Eesti_Noorsoo_Kasvatuse_Selts, lk 7
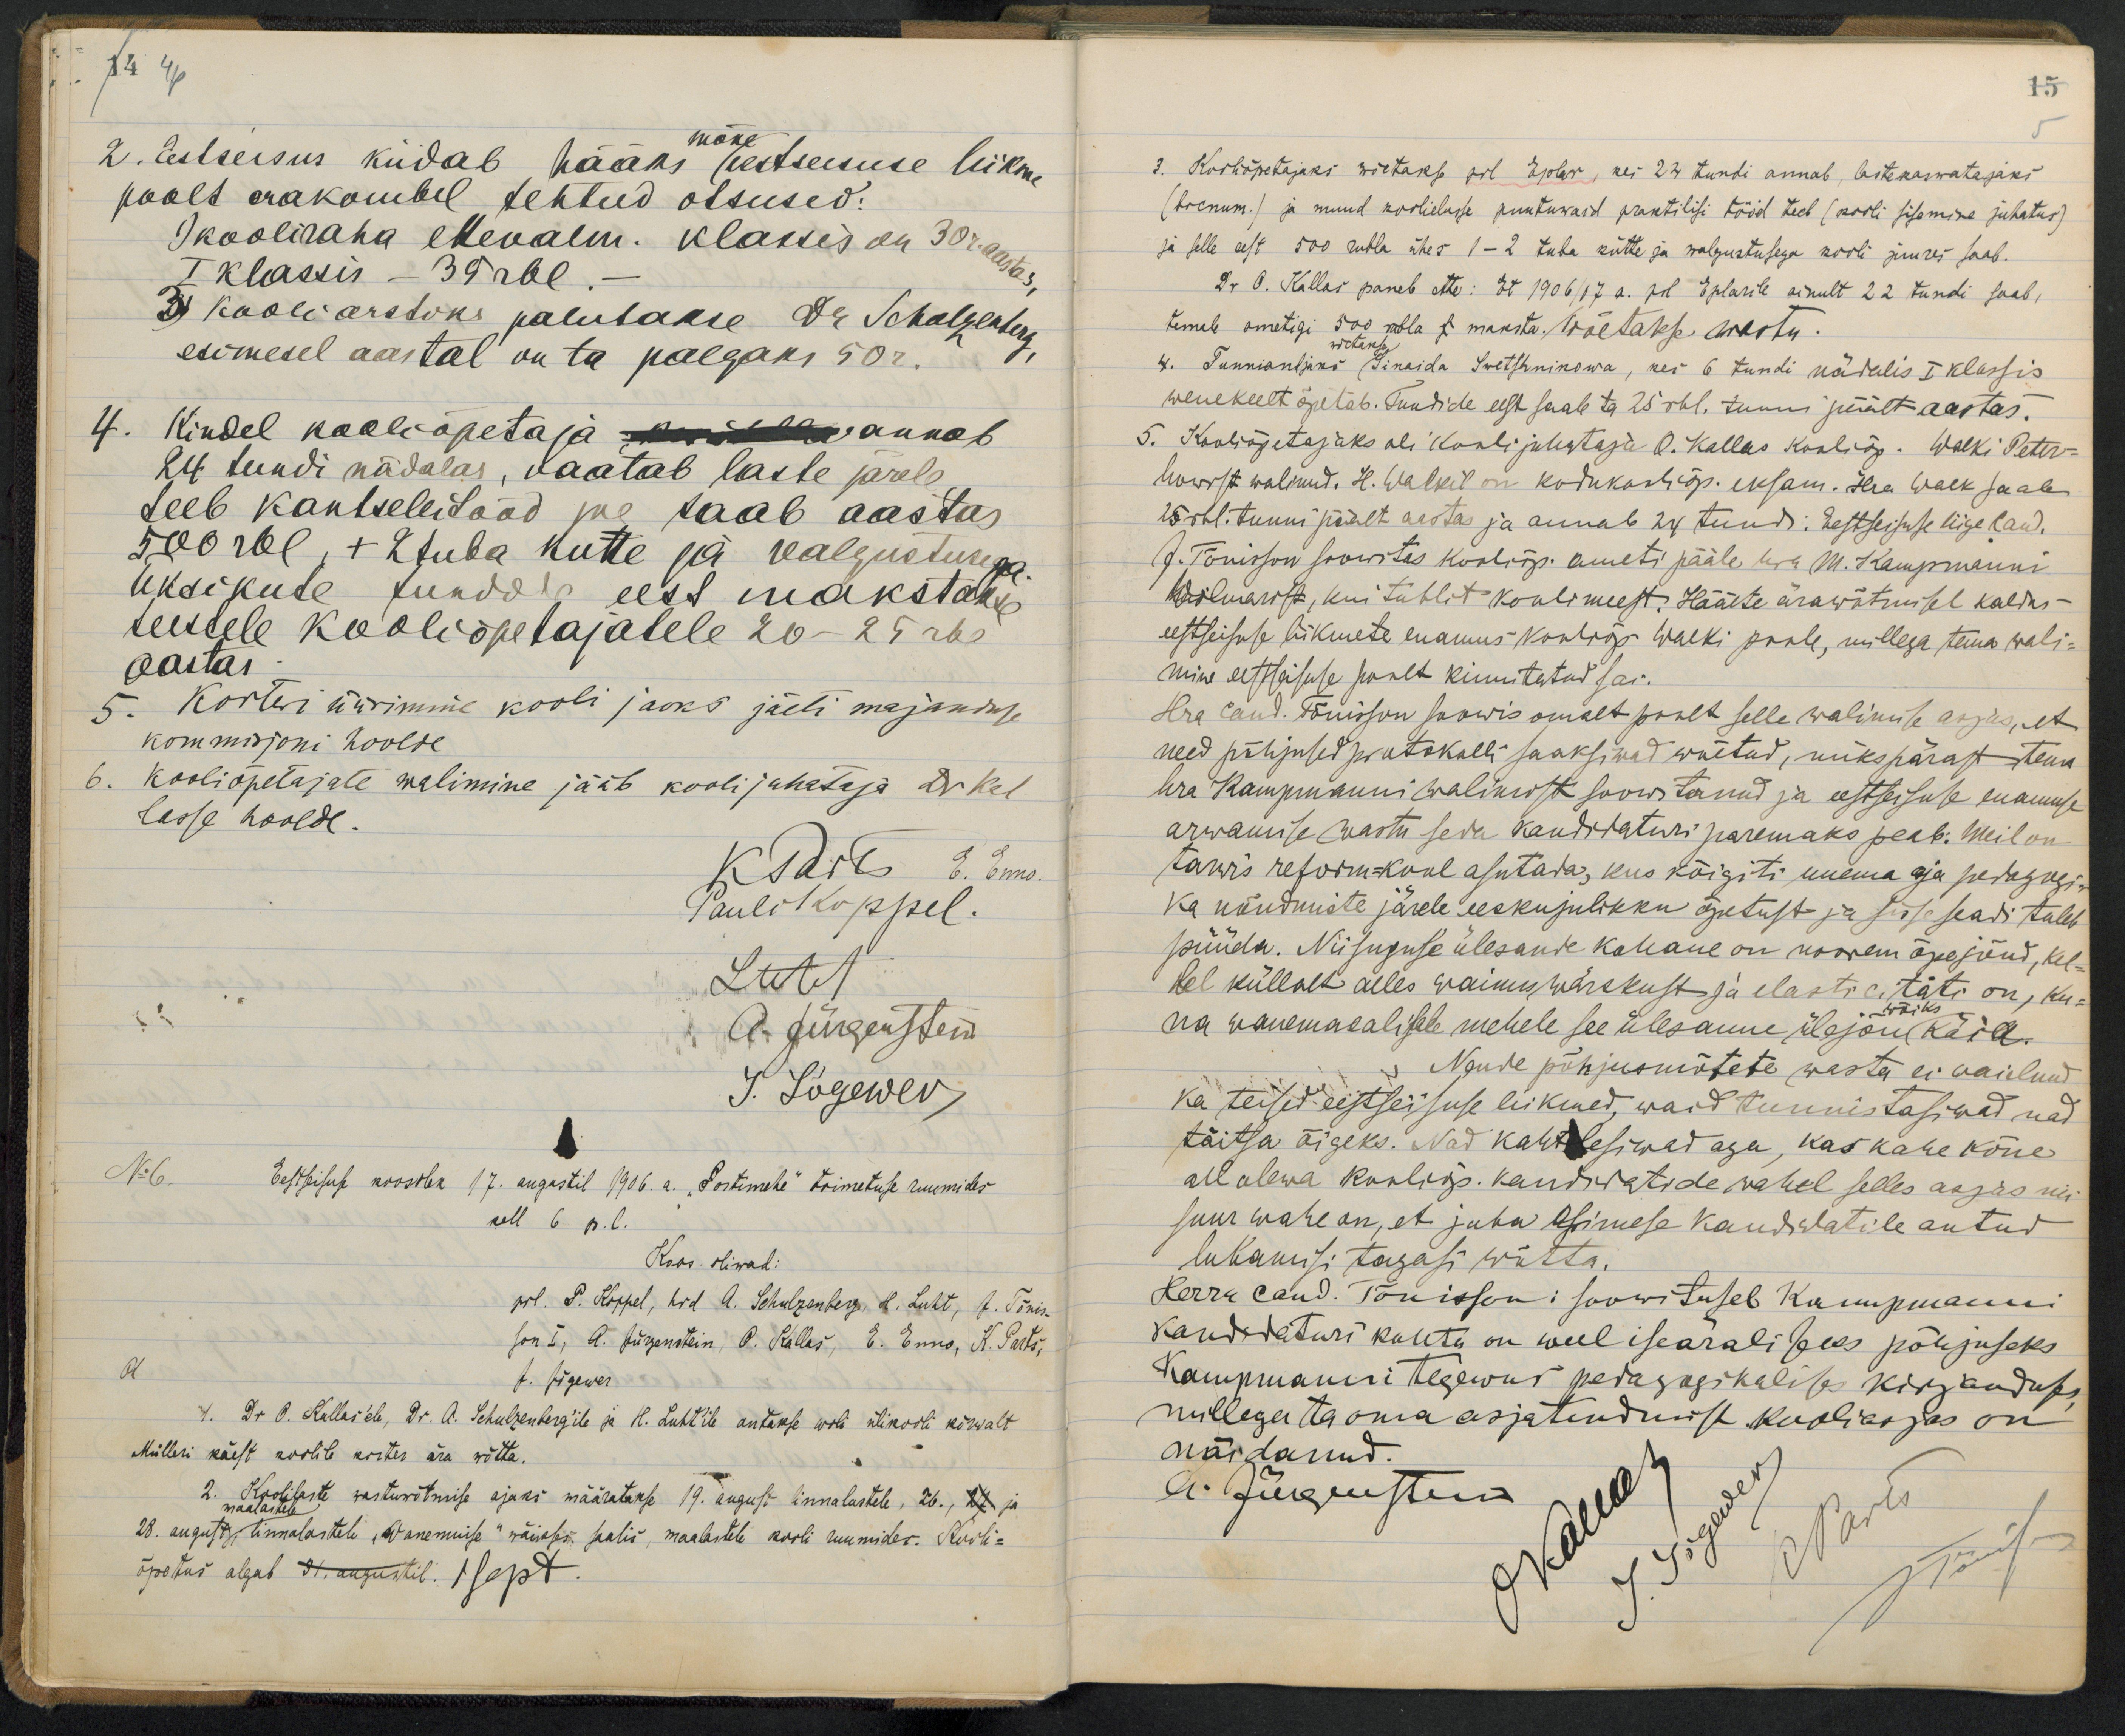
mäng2. Estseisus küdab hääks hestsenuse liikmepoolt arakombel tehtud otsused:Jkooliraha ehevalm. klakis on 30rIklassis - 30 rbl3 kooli arstoks kalutakse da Schalgentergesimesel aastal on ta paegaks 50r.Kindel kaoliõpetaja surikv annab24 tundi nädalas, vaatab laste järeleseeb kantseleitöod jne taab aastassöorbl, +2Juba kütte ja valgustusegaüksikute tundoe eest makstaketeusele kooliõpetajatele 20- 25 rooaastas5. Korteri üürimine kooli jaoks jäeli majandusekommisjoni hoolde6. kooliõpetajate walimine jääb koolijuhataja ärkallesse hoolde.1 A. JürgesstemJ. LõgewevEestpisub koosiler 17. augastil 1906. a. "Sortimehe" toimetuse ruumidesull 6 p.l.Koor. Hiral.f. Kigewer4. Dr O. Kellasch, Dr. A. Sehulrenberg'ile ja H. Luhtile antakse woli ülikooli kõrwaltMülleri käest roolile korter ära wõtta.2. "Algolisaste vastuwvõtmise ajaks määratakse 19. angust lnnalastele, 26., E ja28. august tinnalastele "Wanemuise" wäikps saalis, maalastele kooli ruumider. Kooli-õpetas algal 7raarustil: 1sapt.

3. Koolõpetajaks wietaks ool Epbr, kes 24 tunbi annab, Astekarratajaks(вoenum.) ja muud koolieluse puutuwaid praktilisi tööd teeb (kooli silamine juhatus,ja selle aest 5oo rubla ühes 1-2 tuba kütte ja walgustusega kooli juures saab.Dr O. Kallas paneb ette: Et 1906/17 a. pl Eplarile ainult 22 tundi saab,temeb ometigi 500 sbla s maksta. Wõetakse araotu.wetarteg4. Tunnianljiks Sineida Sretsrnikowa, kes 6 tundi nädalis I klassiswenekeelt õpetab. Tundide eest saab ta 25 rhl. tunni süült aastas.5. Kooliõgetajaks oli kooti juhutaja O. Kallas kooliõp. Walki Peter-howrst walnud. He. Walkil on kodukostiõp. eksam. Hia walk jaale15 rbl. tunni päält aasta ja annab 24 tundi: Eestseijuse liige laud.G. Tõnikson soowitas kooliõp. ameti pääle hra M. KampmanniKilmarit, kui tuhlit konlimeest. Hääste ärawõtmisel kaldas-eeftseisuse hikmete enamus kontrog walki poole, millega tema wali-mine eetsoisuse poolt kinnitatud sai.Hra laud. Tõnisson soowis omalt poolt selle walimise asjas, etneed põhjuted prutokolli saaksiwad waetud, nikspärast tennhra Rampmanni walimist soowitanud ja eestsessute suamusarwamise vastu seda kanditaturi paremaks peab. Meil onparwis reform-kool asutada, kus kõigiti uuema aja pedagugiKa nõudmiste järele eeskujulikku õpetust ja sisse seadi tulebpüüda. Niisuguse ülesande kahane on noorem õpejoud, kel-Kel küllalt alles vaimuwärskust ja elasti eitäti on, ku-õiksna vanemasalisele mehele see ülesanne ülejõn käid.Ngude põhjusmõtete wasta ei vaiilnudka teisideistseisuse liikmed, waid tunnistasiwad nadtäitsa õigeks. Nad kahitelirataga haokahe kõneallalewa kooliop. kandriatide wahel selles aagas niisuur wahe on, et juba Asimese kaudidatile antudlubaniti tagasi wärka.Herra rand. Tõnisson: soowituseb Rammpmannikandidaturi kuhtu on weel iseäralipees põujuseksrampmanini tegewus peiagagikali kirjandussnullega taoma asjatendmist kooliasjas onnärdanud.A. Jurrusten